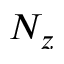
N _ { z }